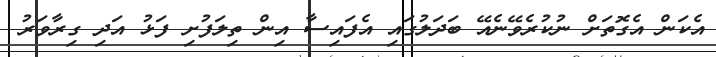
އެކަން އެގޮތަށް ނުކުރެވޭނެއޭ ބަދަލުގައި އެފައިސާ އިން ތިލަފުށި ފަޅު އަދި ގިރާވަރު